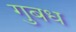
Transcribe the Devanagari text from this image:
गुबध